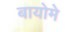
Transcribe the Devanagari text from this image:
बायोमे